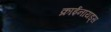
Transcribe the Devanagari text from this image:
क्राईनायड्स